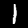
Label: 1